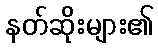
နတ်ဆိုးများ၏